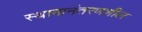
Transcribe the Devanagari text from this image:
स्थानानंतरणशील